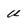
Character: U